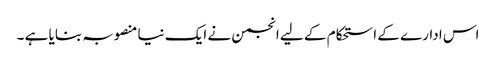
اس ادارے کے ا ستحکام کے لیے انجمن نے ایک نیا منصوبہ بنایا ہے ۔